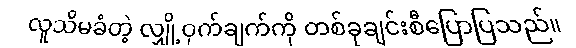
လူသိမခံတဲ့ လျှို့ဝှက်ချက်ကို တစ်ခုချင်းစီပြောပြသည်။